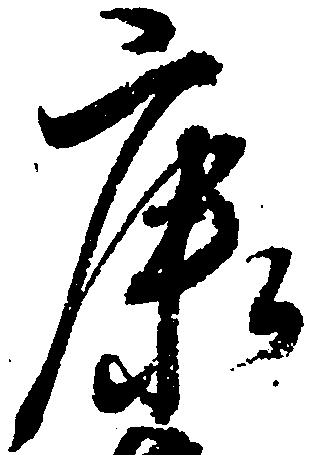
康